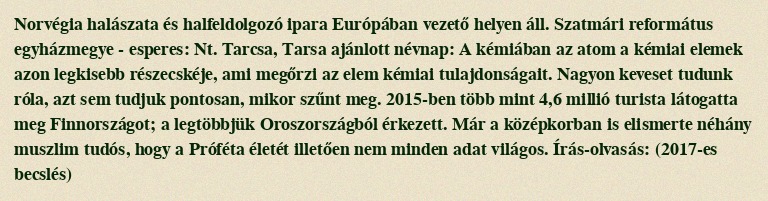
Norvégia halászata és halfeldolgozó ipara Európában vezető helyen áll. Szatmári református egyházmegye - esperes: Nt. Tarcsa, Tarsa ajánlott névnap: A kémiában az atom a kémiai elemek azon legkisebb részecskéje, ami megőrzi az elem kémiai tulajdonságait. Nagyon keveset tudunk róla, azt sem tudjuk pontosan, mikor szűnt meg. 2015-ben több mint 4,6 millió turista látogatta meg Finnországot; a legtöbbjük Oroszországból érkezett. Már a középkorban is elismerte néhány muszlim tudós, hogy a Próféta életét illetően nem minden adat világos. Írás-olvasás: (2017-es becslés)